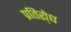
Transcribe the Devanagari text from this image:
प्रतिरो्ध